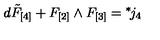
d \tilde { F } _ { [ 4 ] } + F _ { [ 2 ] } \wedge F _ { [ 3 ] } = { } ^ { * } \! j _ { 4 }